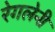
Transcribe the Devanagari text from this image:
रेगलेनी